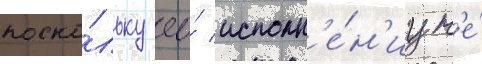
поско́льку ео́ исполн'е́н'иу н'е́